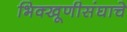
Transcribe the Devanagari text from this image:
भिक्खूणीसंघाचे